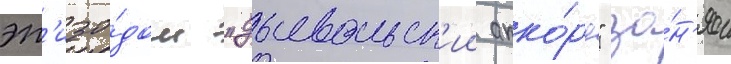
эп'изо́дом "дьявольск'ии акко́рд" за́н'ял